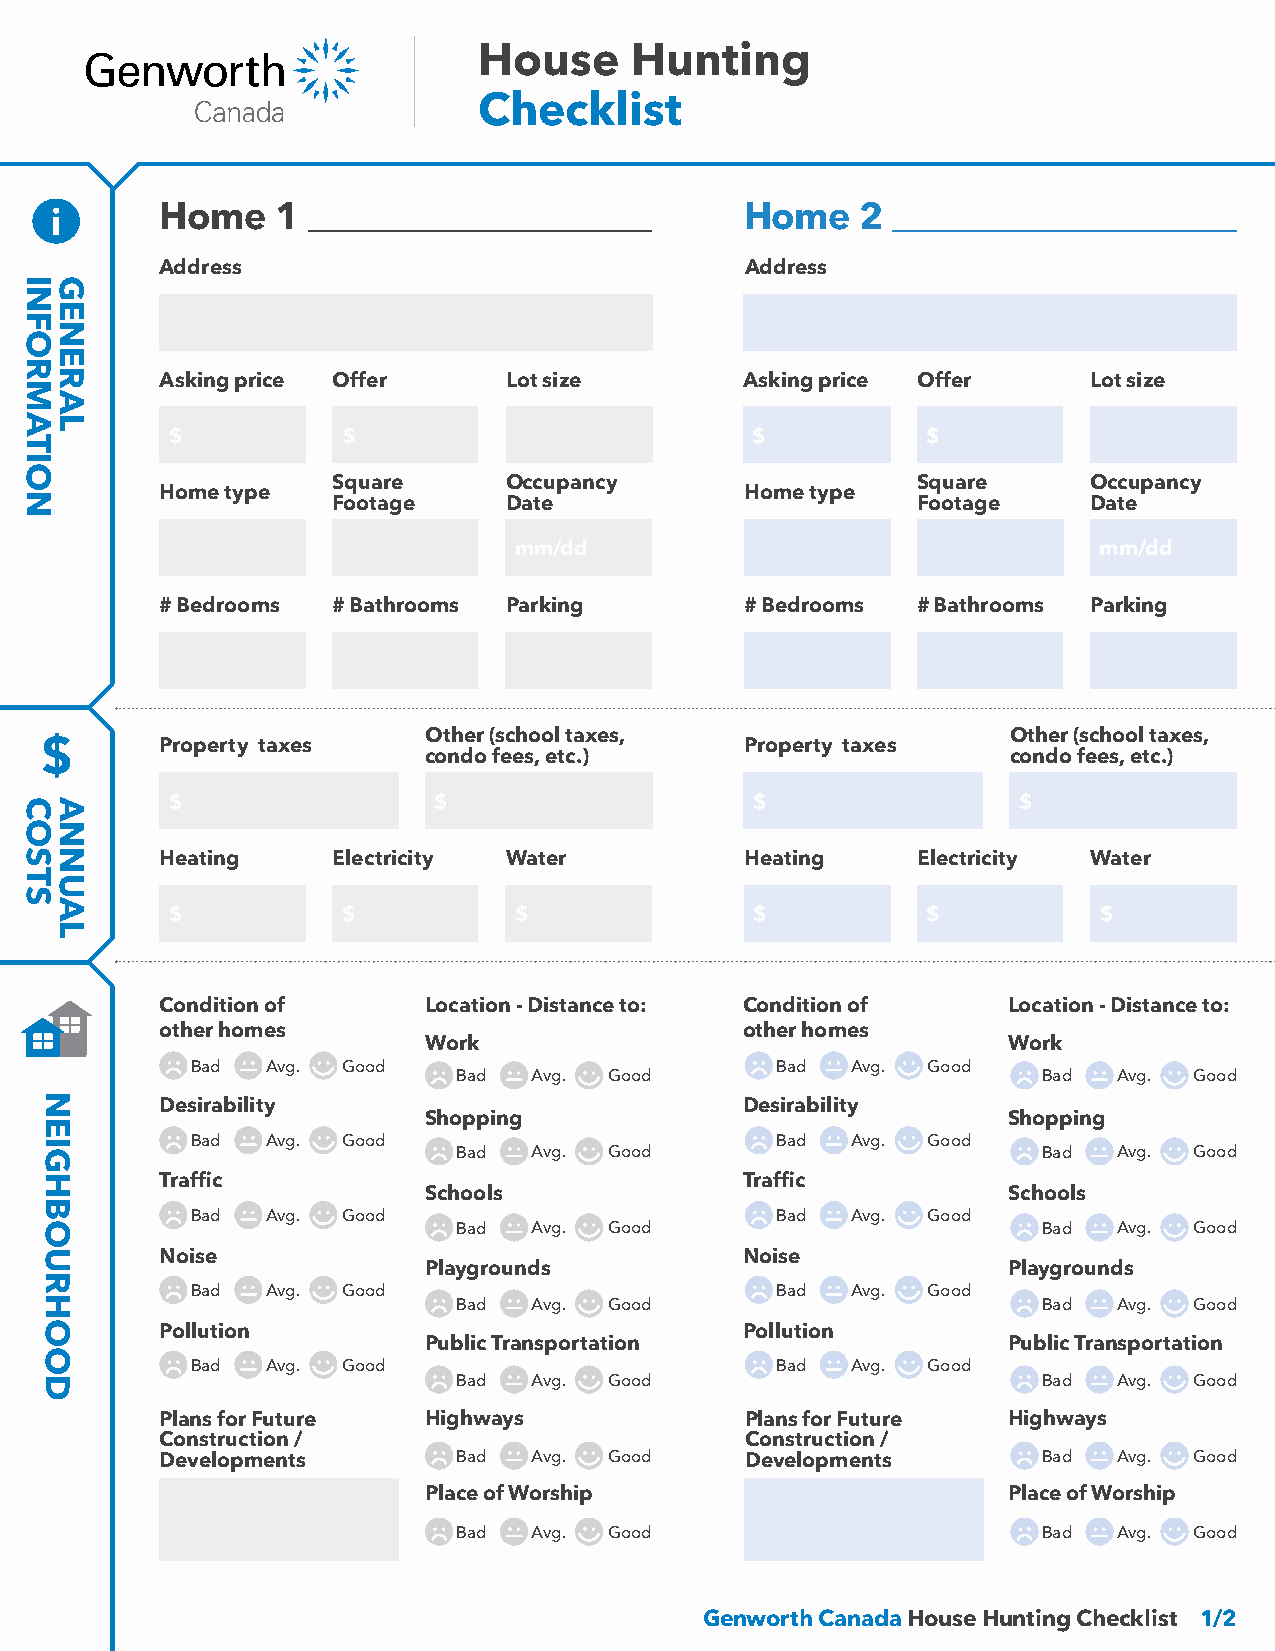
House     Hunting
 Checklist
 Home   1                              Home    2
 Address                               Address
 Asking price Offer     Lot size       Asking price Offer     Lot size
 $           $                          $          $
 Square     Occupancy                   Square     Occupancy
 Home type                             Home type
 Footage    Date                        Footage    Date
 mm/dd                                  mm/dd
 # Bedrooms # Bathrooms Parking        # Bedrooms  # Bathrooms Parking
 Other (school taxes,                   Other (school taxes,
 Property taxes                        Property taxes
 condo fees, etc.)                      condo fees, etc.)
 $                 $                    $                $
 Heating    Electricity Water          Heating     Electricity Water
 $           $          $               $          $           $
 Condition of     Location - Distance to: Condition of   Location - Distance to:
 other homes                           other homes
 Work                                   Work
 Bad  Avg. Good                        Bad  Avg. Good
 Bad  Avg. Good                         Bad  Avg. Good
 Desirability                          Desirability
 Shopping                               Shopping
 Bad  Avg. Good                        Bad  Avg. Good
 Bad  Avg. Good                         Bad  Avg. Good
 Traffic                               Traffic
 Schools                                Schools
 Bad  Avg. Good                        Bad  Avg. Good
 Bad  Avg. Good                         Bad  Avg. Good
 Noise                                 Noise
 Playgrounds                            Playgrounds
 Bad  Avg. Good                        Bad  Avg. Good
 Bad  Avg. Good                         Bad  Avg. Good
 Pollution                             Pollution
 Public Transportation                  Public Transportation
 Bad  Avg. Good                        Bad  Avg. Good
 Bad  Avg. Good                         Bad  Avg. Good
 Plans for Future Highways             Plans for Future  Highways
 Construction /                        Construction /
 Developments       Bad  Avg. Good     Developments        Bad  Avg. Good
 Place of Worship                       Place of Worship
 Bad  Avg. Good                         Bad  Avg. Good
 Genworth Canada House Hunting Checklist 1/2
 INFORMATION
 COSTS
 NEIGHBOURHOOD
 GENERAL
 ANNUAL